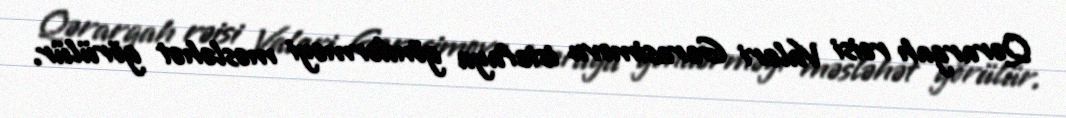
Qərargah rəisi Valeri Gerasimovu istefaya göndərməyi məsləhət görülür.